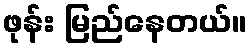
ဖုန်း မြည်နေတယ်။